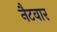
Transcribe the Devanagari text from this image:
नैटवार